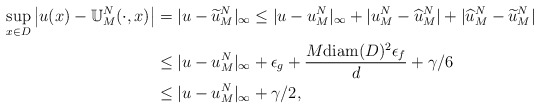
\begin{align*} \sup\limits_{x\in D}\left | u(x)-\mathbb{U}_M^{ N}(\cdot,x)\right|&=|u-\widetilde{u}_M^N|_\infty\leq |u-u_M^N|_\infty +|u_M^N-\widehat{u}_M^N|+|\widehat{u}_M^N-\widetilde{u}_M^N|\\ &\leq |u-u_M^N|_\infty+\epsilon_g+\frac{M{\rm diam}(D)^2\epsilon_f}{d}+\gamma/6\\ &\leq |u-u_M^N|_\infty+\gamma/2,\end{align*}